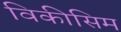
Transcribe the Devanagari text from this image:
विकीसिम